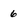
Character: 6